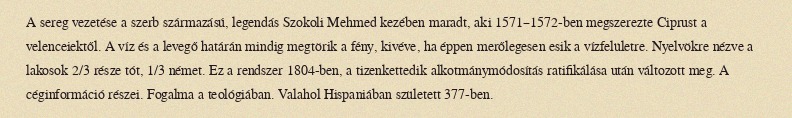
A sereg vezetése a szerb származású, legendás Szokoli Mehmed kezében maradt, aki 1571–1572-ben megszerezte Ciprust a velenceiektől. A víz és a levegő határán mindig megtörik a fény, kivéve, ha éppen merőlegesen esik a vízfelületre. Nyelvökre nézve a lakosok 2/3 része tót, 1/3 német. Ez a rendszer 1804-ben, a tizenkettedik alkotmánymódosítás ratifikálása után változott meg. A céginformáció részei. Fogalma a teológiában. Valahol Hispaniában született 377-ben.